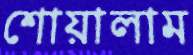
শোয়ালাম